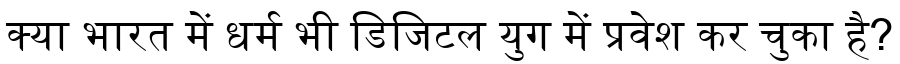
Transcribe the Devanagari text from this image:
क्या भारत में धर्म भी डिजिटल युग में प्रवेश कर चुका है?